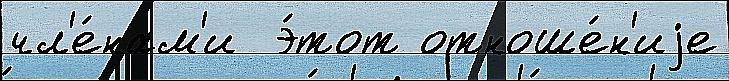
чл'е́нам'и  э́тот отноше́н'иjе